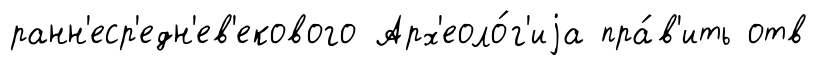
ранн'еср'едн'ев'екового Арх'еоло́г'иjа пра́в'ить отв